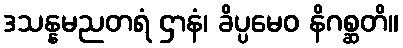
ဒသန္နမညတရံ ဌာနံ၊ ခိပ္ပမေဝ နိဂစ္ဆတိ။